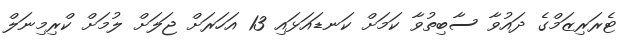
ޓެރަރިޒަމްގެ ދައުވާ ސާބިތުވާ ކަމަށް ކަނޑައަޅައި 13 އަހަރަށް ޖަލަށް ލުމަށް ކްރިމިނަލް